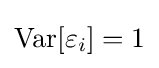
\operatorname {Var} [\varepsilon _{i}]=1